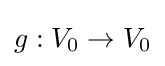
g:V_{0}\to V_{0}